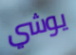
يوشي